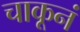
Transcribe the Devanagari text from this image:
चाकूनं